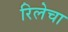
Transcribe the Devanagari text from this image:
रिलेचा